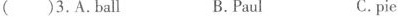
( )3.A.Ball B.Paul C.pie